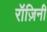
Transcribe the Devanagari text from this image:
रॉज़िनी